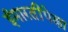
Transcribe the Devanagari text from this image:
ईमारतींपेक्षा